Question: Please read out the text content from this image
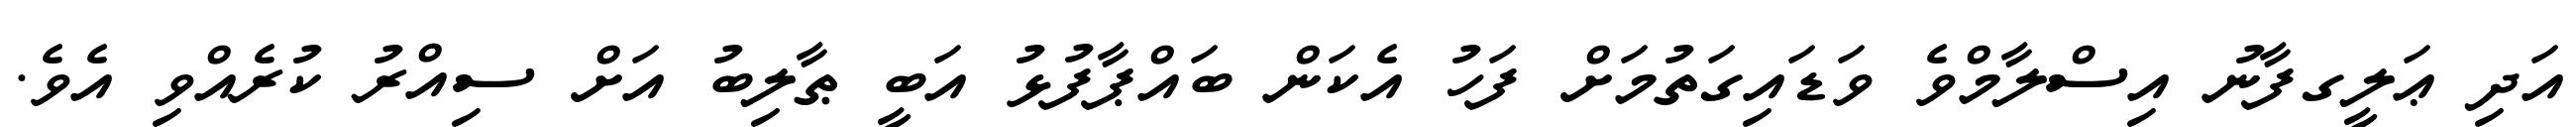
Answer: އަދި ޢަލީގފާނު އިސްލާމްވެ ވަޑައިގަތުމަށް ފަހު އެކަން ބައްޕާފުޅު އަބީ ޠާލިބު އަށް ސިއްރު ކުރެއްވި އެވެ.